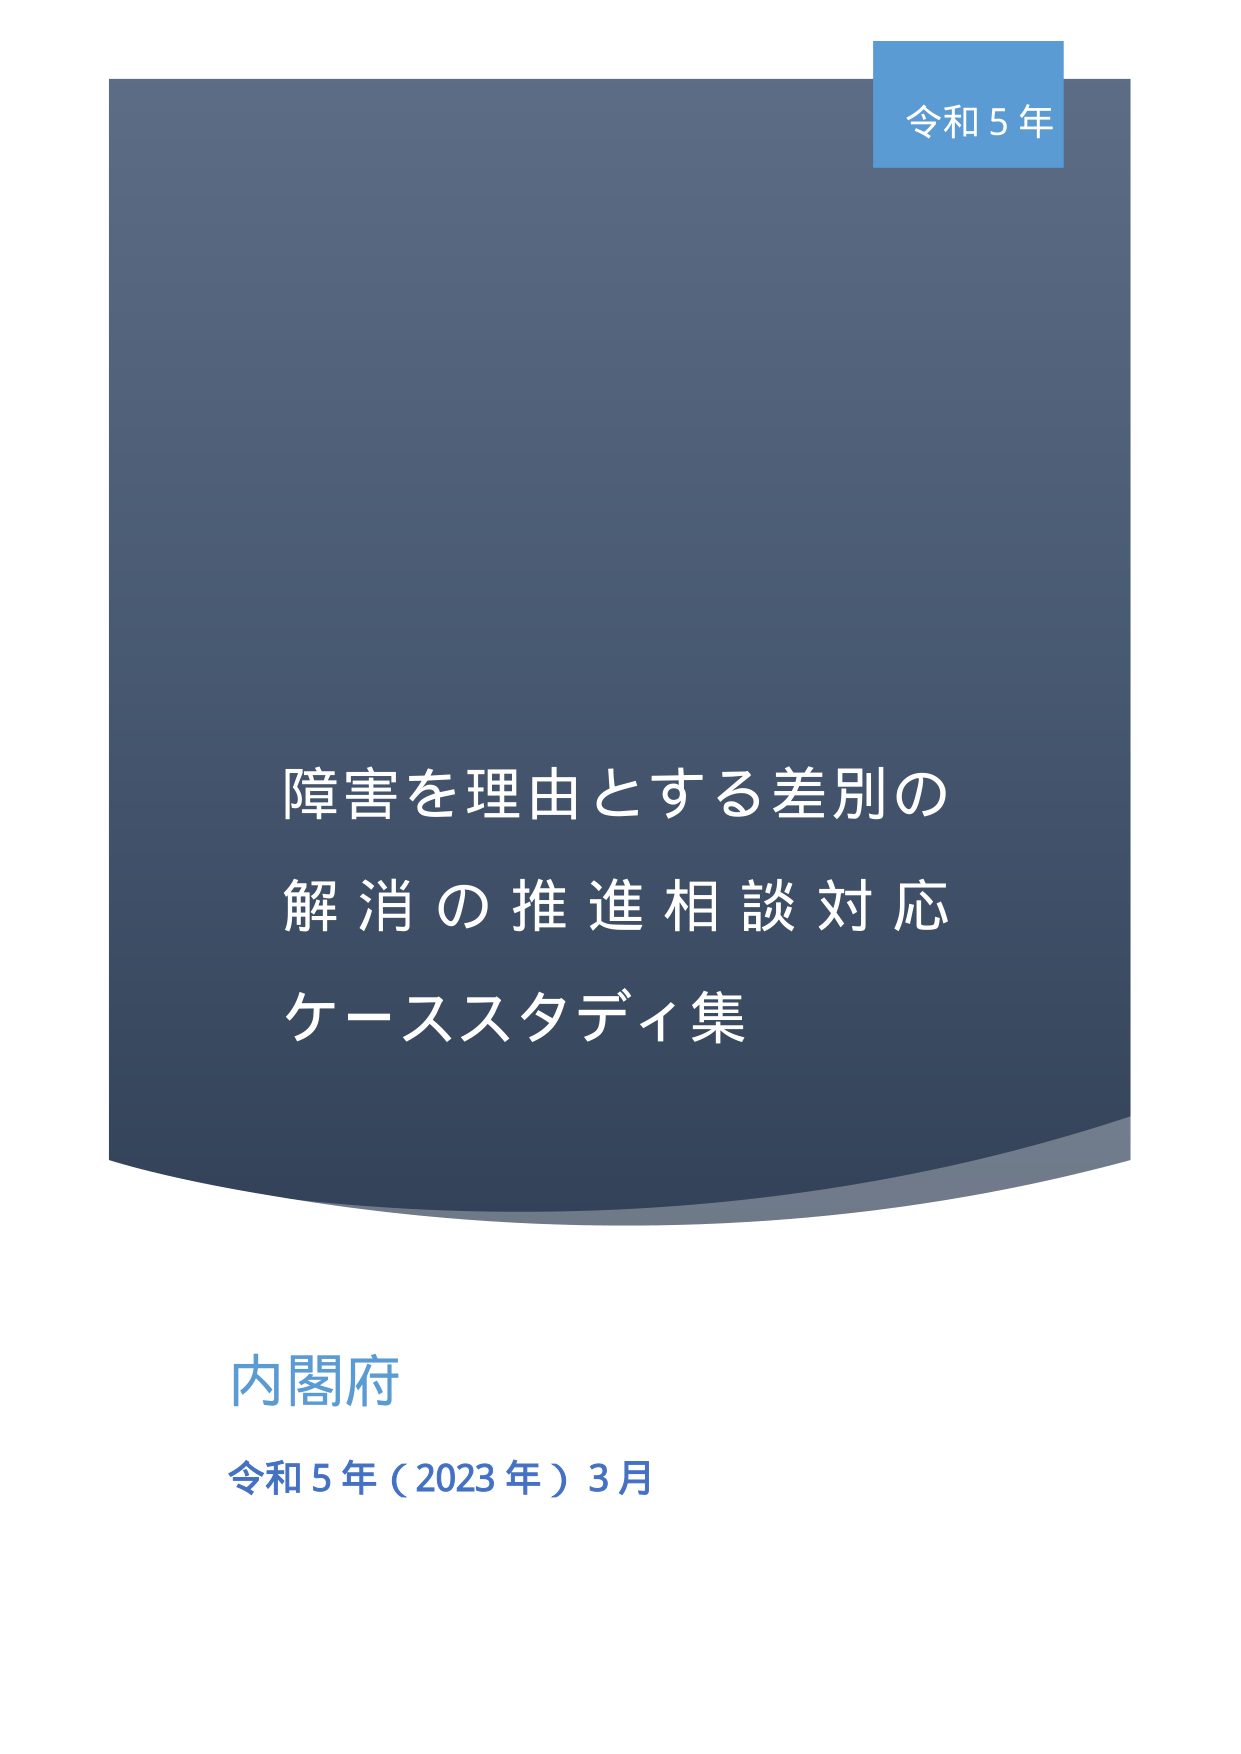
令和5年
障害を理由とする差別の
解消の推進相談対応
ケーススタディ集
内閣府
令和5年（2023年）3月